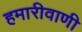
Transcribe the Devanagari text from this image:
हमारीवाणी